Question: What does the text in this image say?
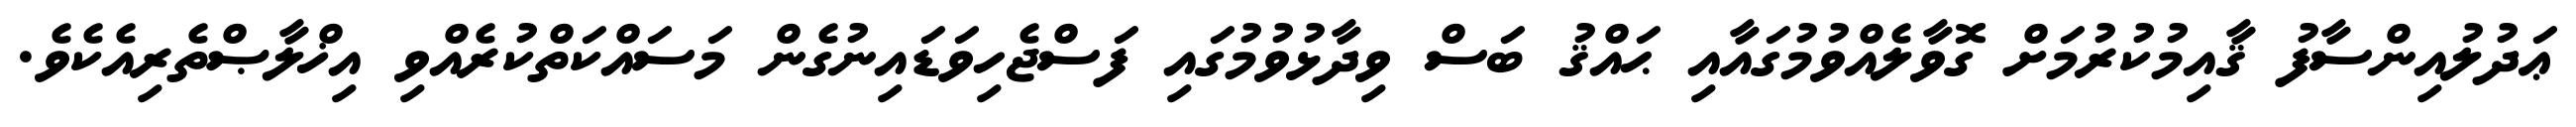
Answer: ޢަދުލުއިންސާފު ޤާއިމުކުރުމަށް ގޮވާލެއްވުމުގައާއި ޙައްޤު ބަސް ވިދާޅުވުމުގައި ފަސްޖެހިވަޑައިނުގެން މަސައްކަތްކުރެއްވި އިޚްލާޞްތެރިއެކެވެ.